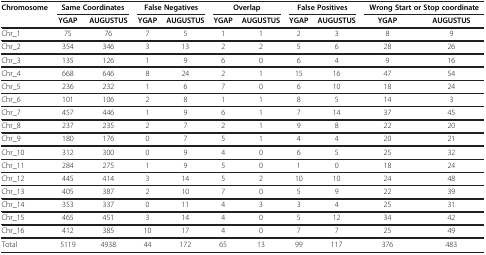
| <ROWSPAN=2> Chromosome | <COLSPAN=2> Same Coordinates | <COLSPAN=2> False Negatives | <COLSPAN=2> Overlap | <COLSPAN=2> False Positives | <COLSPAN=2> Wrong Start or Stop coordinate |
 | YGAP | AUGUSTUS | YGAP | AUGUSTUS | YGAP | AUGUSTUS | YGAP | AUGUSTUS | YGAP | AUGUSTUS |
 | --- | --- | --- | --- | --- | --- | --- | --- | --- | --- | --- |
 | Chr_1 | 75 | 76 | 7 | 5 | 1 | 1 | 2 | 3 | 8 | 9 |
 | Chr_2 | 354 | 346 | 3 | 13 | 2 | 2 | 5 | 6 | 28 | 26 |
 | Chr_3 | 135 | 126 | 1 | 9 | 6 | 0 | 6 | 4 | 9 | 16 |
 | Chr_4 | 668 | 646 | 8 | 24 | 2 | 1 | 15 | 16 | 47 | 54 |
 | Chr_5 | 236 | 232 | 1 | 6 | 7 | 0 | 6 | 10 | 18 | 24 |
 | Chr_6 | 101 | 106 | 2 | 8 | 1 | 1 | 8 | 5 | 14 | 3 |
 | Chr_7 | 457 | 446 | 1 | 9 | 6 | 1 | 7 | 14 | 37 | 45 |
 | Chr_8 | 237 | 235 | 2 | 7 | 2 | 1 | 9 | 8 | 22 | 20 |
 | Chr_9 | 180 | 176 | 0 | 7 | 5 | 1 | 4 | 4 | 20 | 21 |
 | Chr_10 | 312 | 300 | 0 | 9 | 4 | 0 | 6 | 5 | 25 | 32 |
 | Chr_11 | 284 | 275 | 1 | 9 | 5 | 0 | 1 | 0 | 18 | 24 |
 | Chr_12 | 445 | 414 | 3 | 14 | 5 | 2 | 10 | 10 | 24 | 48 |
 | Chr_13 | 405 | 387 | 2 | 10 | 7 | 0 | 5 | 9 | 22 | 39 |
 | Chr_14 | 353 | 337 | 0 | 11 | 4 | 3 | 3 | 4 | 25 | 31 |
 | Chr_15 | 465 | 451 | 3 | 14 | 4 | 0 | 5 | 12 | 34 | 42 |
 | Chr_16 | 412 | 385 | 10 | 17 | 4 | 0 | 7 | 7 | 25 | 49 |
 | Total | 5119 | 4938 | 44 | 172 | 65 | 13 | 99 | 117 | 376 | 483 |